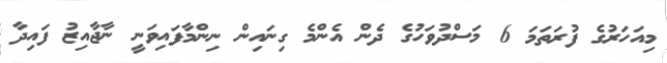
މިއަހަރުގެ ފުރަތަމަ 6 މަސްދުވަހުގެ ދެން އެންމެ ގިނައިން ނިންމާފައިވަނީ ނާޖާއިޒު ފައިދާ